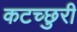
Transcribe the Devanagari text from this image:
कटच्छुरी